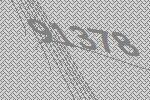
91378